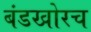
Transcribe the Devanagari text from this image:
बंडखोरच